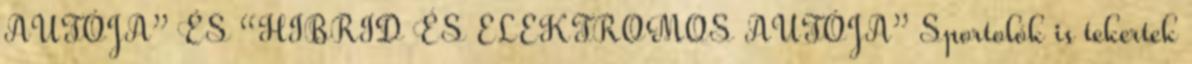
AUTÓJA” ÉS “HIBRID ÉS ELEKTROMOS AUTÓJA” Sportolók is tekertek